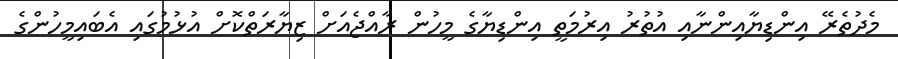
މެދުތެރޭ އިންޑިޔާއިންނާއި އުތުރު އިރުމަތީ އިންޑިޔާގެ މީހުން ރާއްޖެއަށް ޒިޔާރަތްކޮށް އުޅުމުގައި އެބައިމީހުންގެ